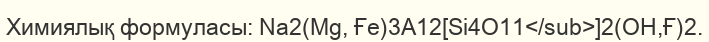
Химиялық формуласы: Nа2(Мg, Ғе)3А12[Sі4О11</sub>]2(ОН,Ғ)2.